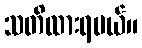
သတိထားရမယ်။